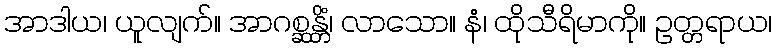
အာဒါယ၊ ယူလျက်။ အာဂစ္ဆန္တိံ၊ လာသော။ နံ၊ ထိုသီရိမာကို။ ဥတ္တရာယ၊